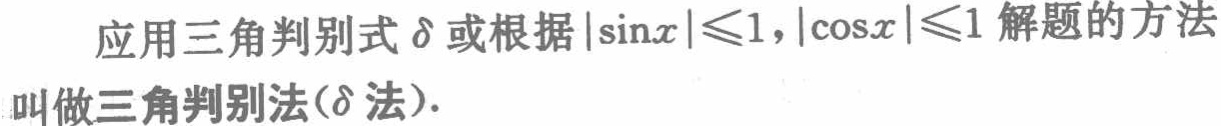
应用三角判别式\(\delta\)或根据\(\vert\sin x\vert\leqslant1,\vert\cos x\vert\leqslant1\)解题的方法叫做三角判别法(\(\delta\)法).